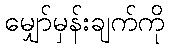
မျှော်မှန်းချက်ကို